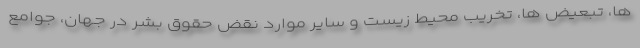
ها، تبعیض ها، تخریب محیط زیست و سایر موارد نقض حقوق بشر در جهان، جوامع